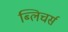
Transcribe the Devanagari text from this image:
ब्लिचर्स